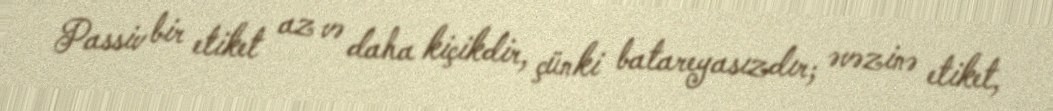
Passiv bir etiket az və daha kiçikdir, çünki batareyasızdır; əvəzinə etiket,